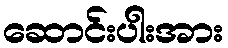
ဆောင်းပါးအား